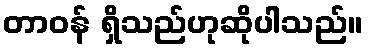
တာဝန် ရှိသည်ဟုဆိုပါသည်။